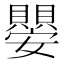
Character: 𭒱